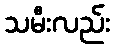
သမီးလည်း